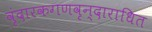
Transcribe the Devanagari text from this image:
वृंदारकगणवृन्दाराधित